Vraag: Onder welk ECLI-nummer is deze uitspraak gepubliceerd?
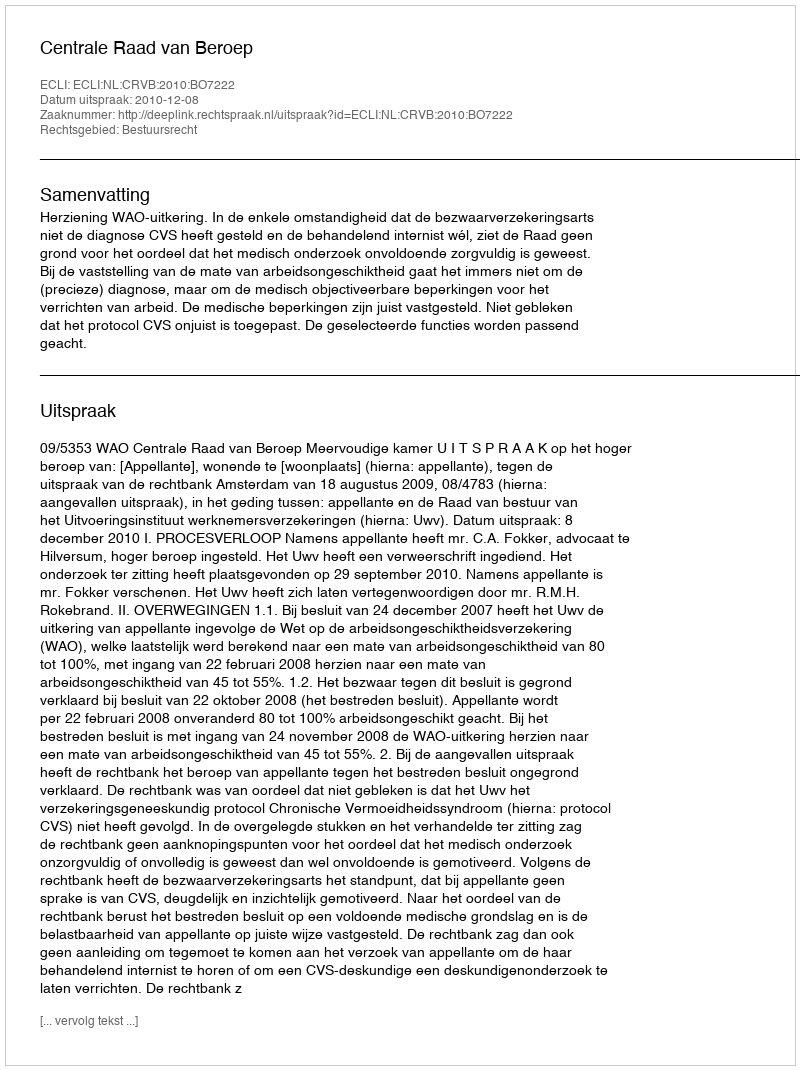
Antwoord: ECLI:NL:CRVB:2010:BO7222